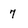
Character: 7